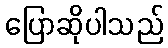
ပြောဆိုပါသည်